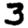
Digit: 3